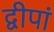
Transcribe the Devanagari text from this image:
द्वीपां